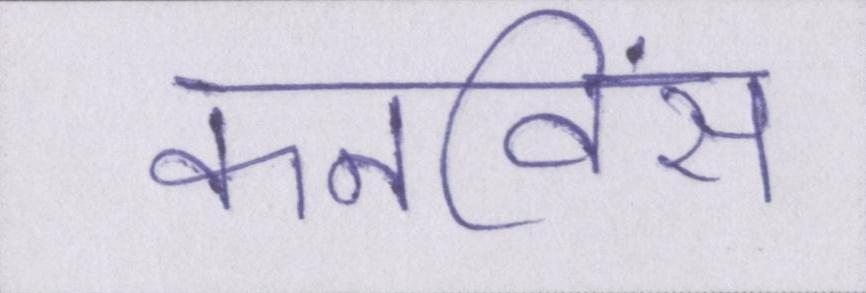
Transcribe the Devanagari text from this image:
कनविंस